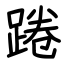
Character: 踡